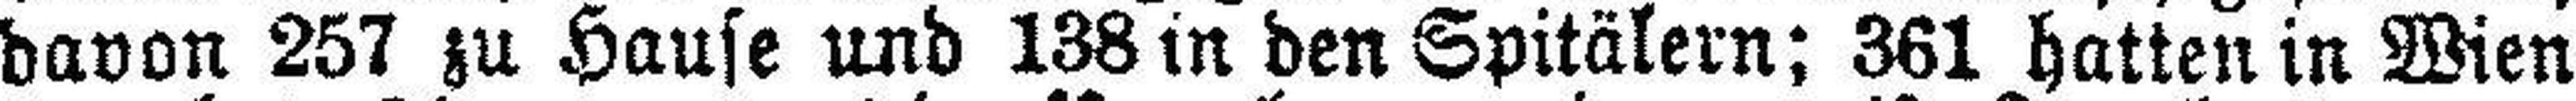
davon 257 zu Hause und 138 in den Spitälern; 361 hatten in Wien